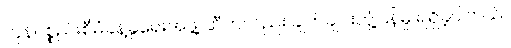
ကုန်ပစ္စည်းစီမံခန့်ခွဲရေးအဖွဲ့ ဆီကလည်း ချက်ချင်းတုံ့ပြန်မှု ရရှိခဲ့ပါတယ်။